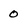
Character: 0